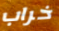
خراب